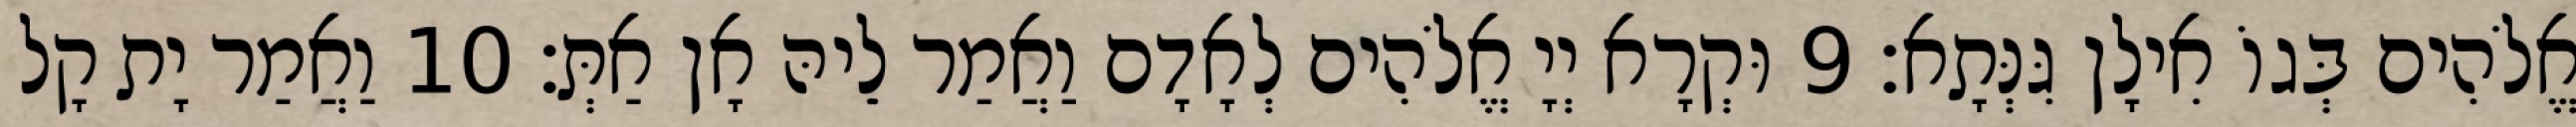
אֱלֹהִים בְּגוֹ אִילָן גִּנְּתָא׃ 9 וּקְרָא יְיָ אֱלֹהִים לְאָדָם וַאֲמַר לֵיהּ אָן אַתְּ׃ 10 וַאֲמַר יָת קָל